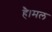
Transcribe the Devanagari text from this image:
है।मल